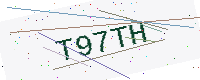
Text: T97TH